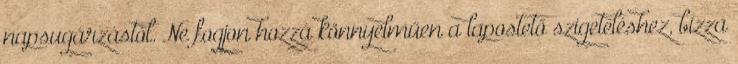
napsugárzástól. Ne fogjon hozzá könnyelműen a lapostető szigeteléshez, bízza